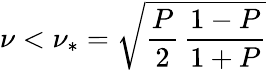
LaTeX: \nu<\nu_{*}=\sqrt{\frac{P}{2}\, \frac{1-P}{1+P}}